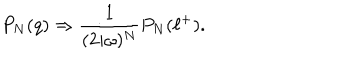
P _ { N } ( q ) \Rightarrow { \frac { 1 } { ( 2 i \omega ) ^ { N } } } P _ { N } ( \ell ^ { + } ) .